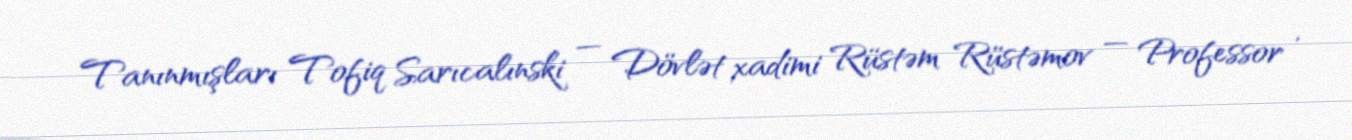
Tanınmışları Tofiq Sarıcalınski — Dövlət xadimi Rüstəm Rüstəmov — Professor ,